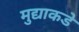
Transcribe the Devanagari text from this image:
मुद्याकडे